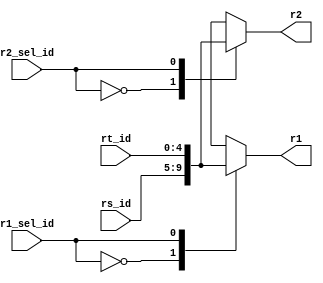
/*
**	?
**	?
**	
*/
module reg_read_select(
	input 		[4:0]		rs_id,
	input 		[4:0]		rt_id,
	input 					r1_sel_id,
	input 					r2_sel_id,
	output reg	[4:0]		r1,
	output reg	[4:0]		r2
);
	

	always @* begin
		case(r1_sel_id)
			1'b0: begin
				r1 <= rs_id;
			end // 2'b00:
			1'b1: begin
				r1 <= rt_id;
			end // 2'b01:
			default: r1 <= r1;
		endcase
	end

	always @* begin
		case(r2_sel_id)
			1'b0: begin
				r2 <= rs_id;
			end // 2'b00:
			1'b1: begin
				r2 <= rt_id;
			end // 2'b01:
			default: r2 <= r2;
		endcase
	end
	
endmodule